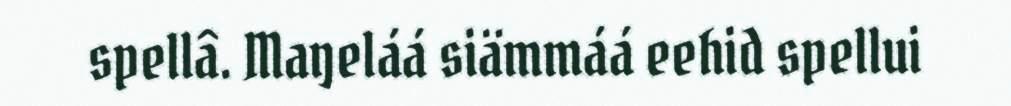
spellâ. Maŋeláá siämmáá eehid spellui